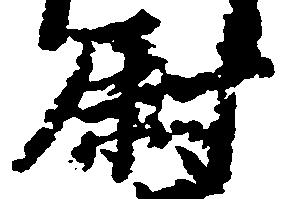
尉